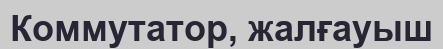
Коммутатор, жалғауыш